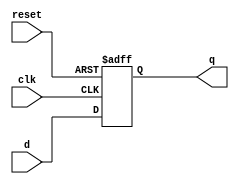
module register
(
    input wire clk,
    input wire reset,
    input wire [6:0] d,
    output wire [6:0] q
);

    reg [6:0] q_reg;
    wire [6:0] q_next;

    always @(posedge clk, posedge reset)
    begin
        if (reset)
            q_reg <= 7'b0000_000;
        else
            q_reg <= q_next;
    end

    assign q_next = d;
    assign q = q_reg;

endmodule